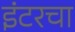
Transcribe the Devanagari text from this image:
इंटरचा